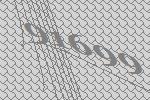
91699